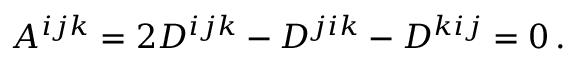
A ^ { i j k } = 2 D ^ { i j k } - D ^ { j i k } - D ^ { k i j } = 0 \, .